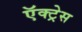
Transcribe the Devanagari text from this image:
ऍक्ट्रेस